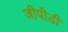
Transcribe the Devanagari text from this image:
जीपीडी